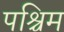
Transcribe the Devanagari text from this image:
पश्चिम